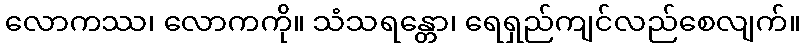
လောကဿ၊ လောကကို။ သံသရန္တော၊ ရေရှည်ကျင်လည်စေလျက်။